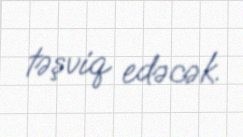
təşviq edəcək.